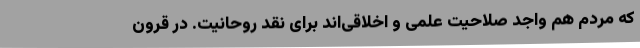
که مردم هم واجد صلاحیت علمی و اخلاقی‌اند برای نقد روحانیت. در قرون